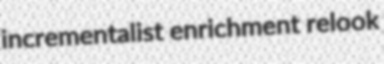
incrementalist enrichment relook